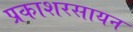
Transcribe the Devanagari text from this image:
प्रकाशरसायन